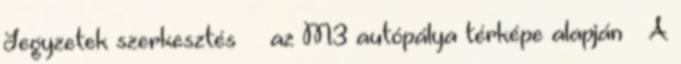
Jegyzetek szerkesztés ↑ az M3 autópálya térképe alapján ↑ A